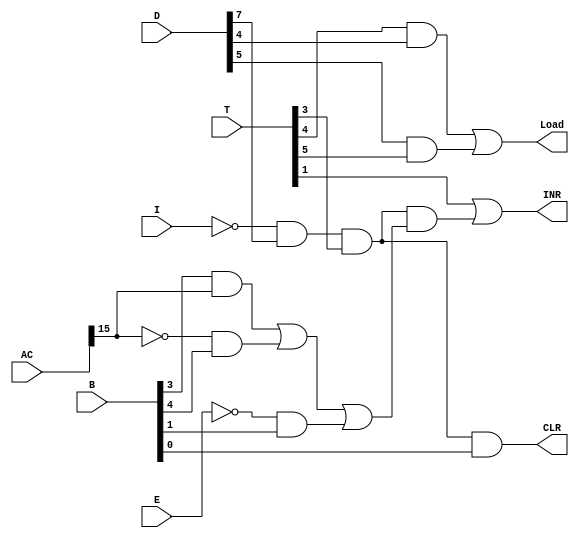
module PC_Control(CLR, INR, Load, I, E, T, D, B, AC);
	
	input I, E;
	input [7:0] T, D;
	input [15:0] B;
	input [15:0] AC;
	
	output CLR, INR, Load;
	
    wire In, AC15n, En, a1, a3, r, a6 ,a7 ,a8 ,a9 ,a10 ,o1 ,a11;
    wire a15, a16;
    
    assign In= ~I;
    assign r= In & D[7] & T[3];
    assign AC15n = ~AC[15];
    assign En=~E;
    
	assign a1=  T[1];
	assign a8 = B[3] & AC[15];      //SNA
	assign a9 = AC15n & B[4];       //SPA
	assign a10 = En & B[1];         //SZE    
    assign a15 = T[4] & D[4];
	assign a16 = D[5] & T[5]; 
    assign o1 = a8 | a9 | a10;
	assign a11 = r & o1;            // all SNA , SPA , SZE


	assign Load = a15 | a16;        // if one of these conditions is true then pc = load data
	assign INR = a1 | a11 ; // if one of these conditions is true then pc <= pc + 1
	assign CLR= r & B[0];  // CLR PC

endmodule